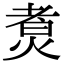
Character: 煑